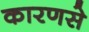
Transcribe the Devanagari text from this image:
कारणसे